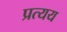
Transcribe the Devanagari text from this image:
प्रत्‍यय